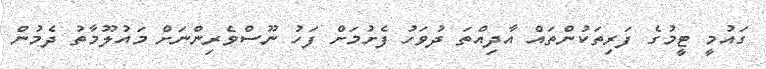
ގައުމީ ޓީމުގެ ފަރިތަކުންތައް އާދިއްތަ ދުވަހު ފެށުމަށް ފަހު ނޫސްވެރިންނަށް މައުލޫމާތު ދެމުން